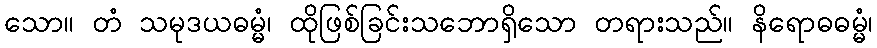
သော။ တံ သမုဒယဓမ္မံ၊ ထိုဖြစ်ခြင်းသဘောရှိသော တရားသည်။ နိရောဓဓမ္မံ၊